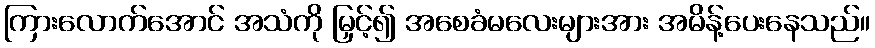
ကြားလောက်အောင် အသံကို မြှင့်၍ အစေခံမလေးများအား အမိန့်ပေးနေသည်။